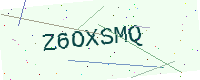
Text: Z6OXSMQ